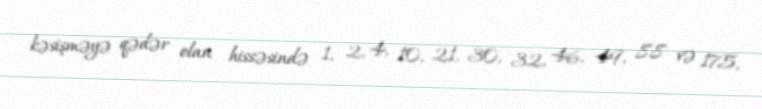
kəsişməyə qədər olan hissəsində 1, 2, 4, 10, 21, 30, 32, 46, 49, 88 və 175,